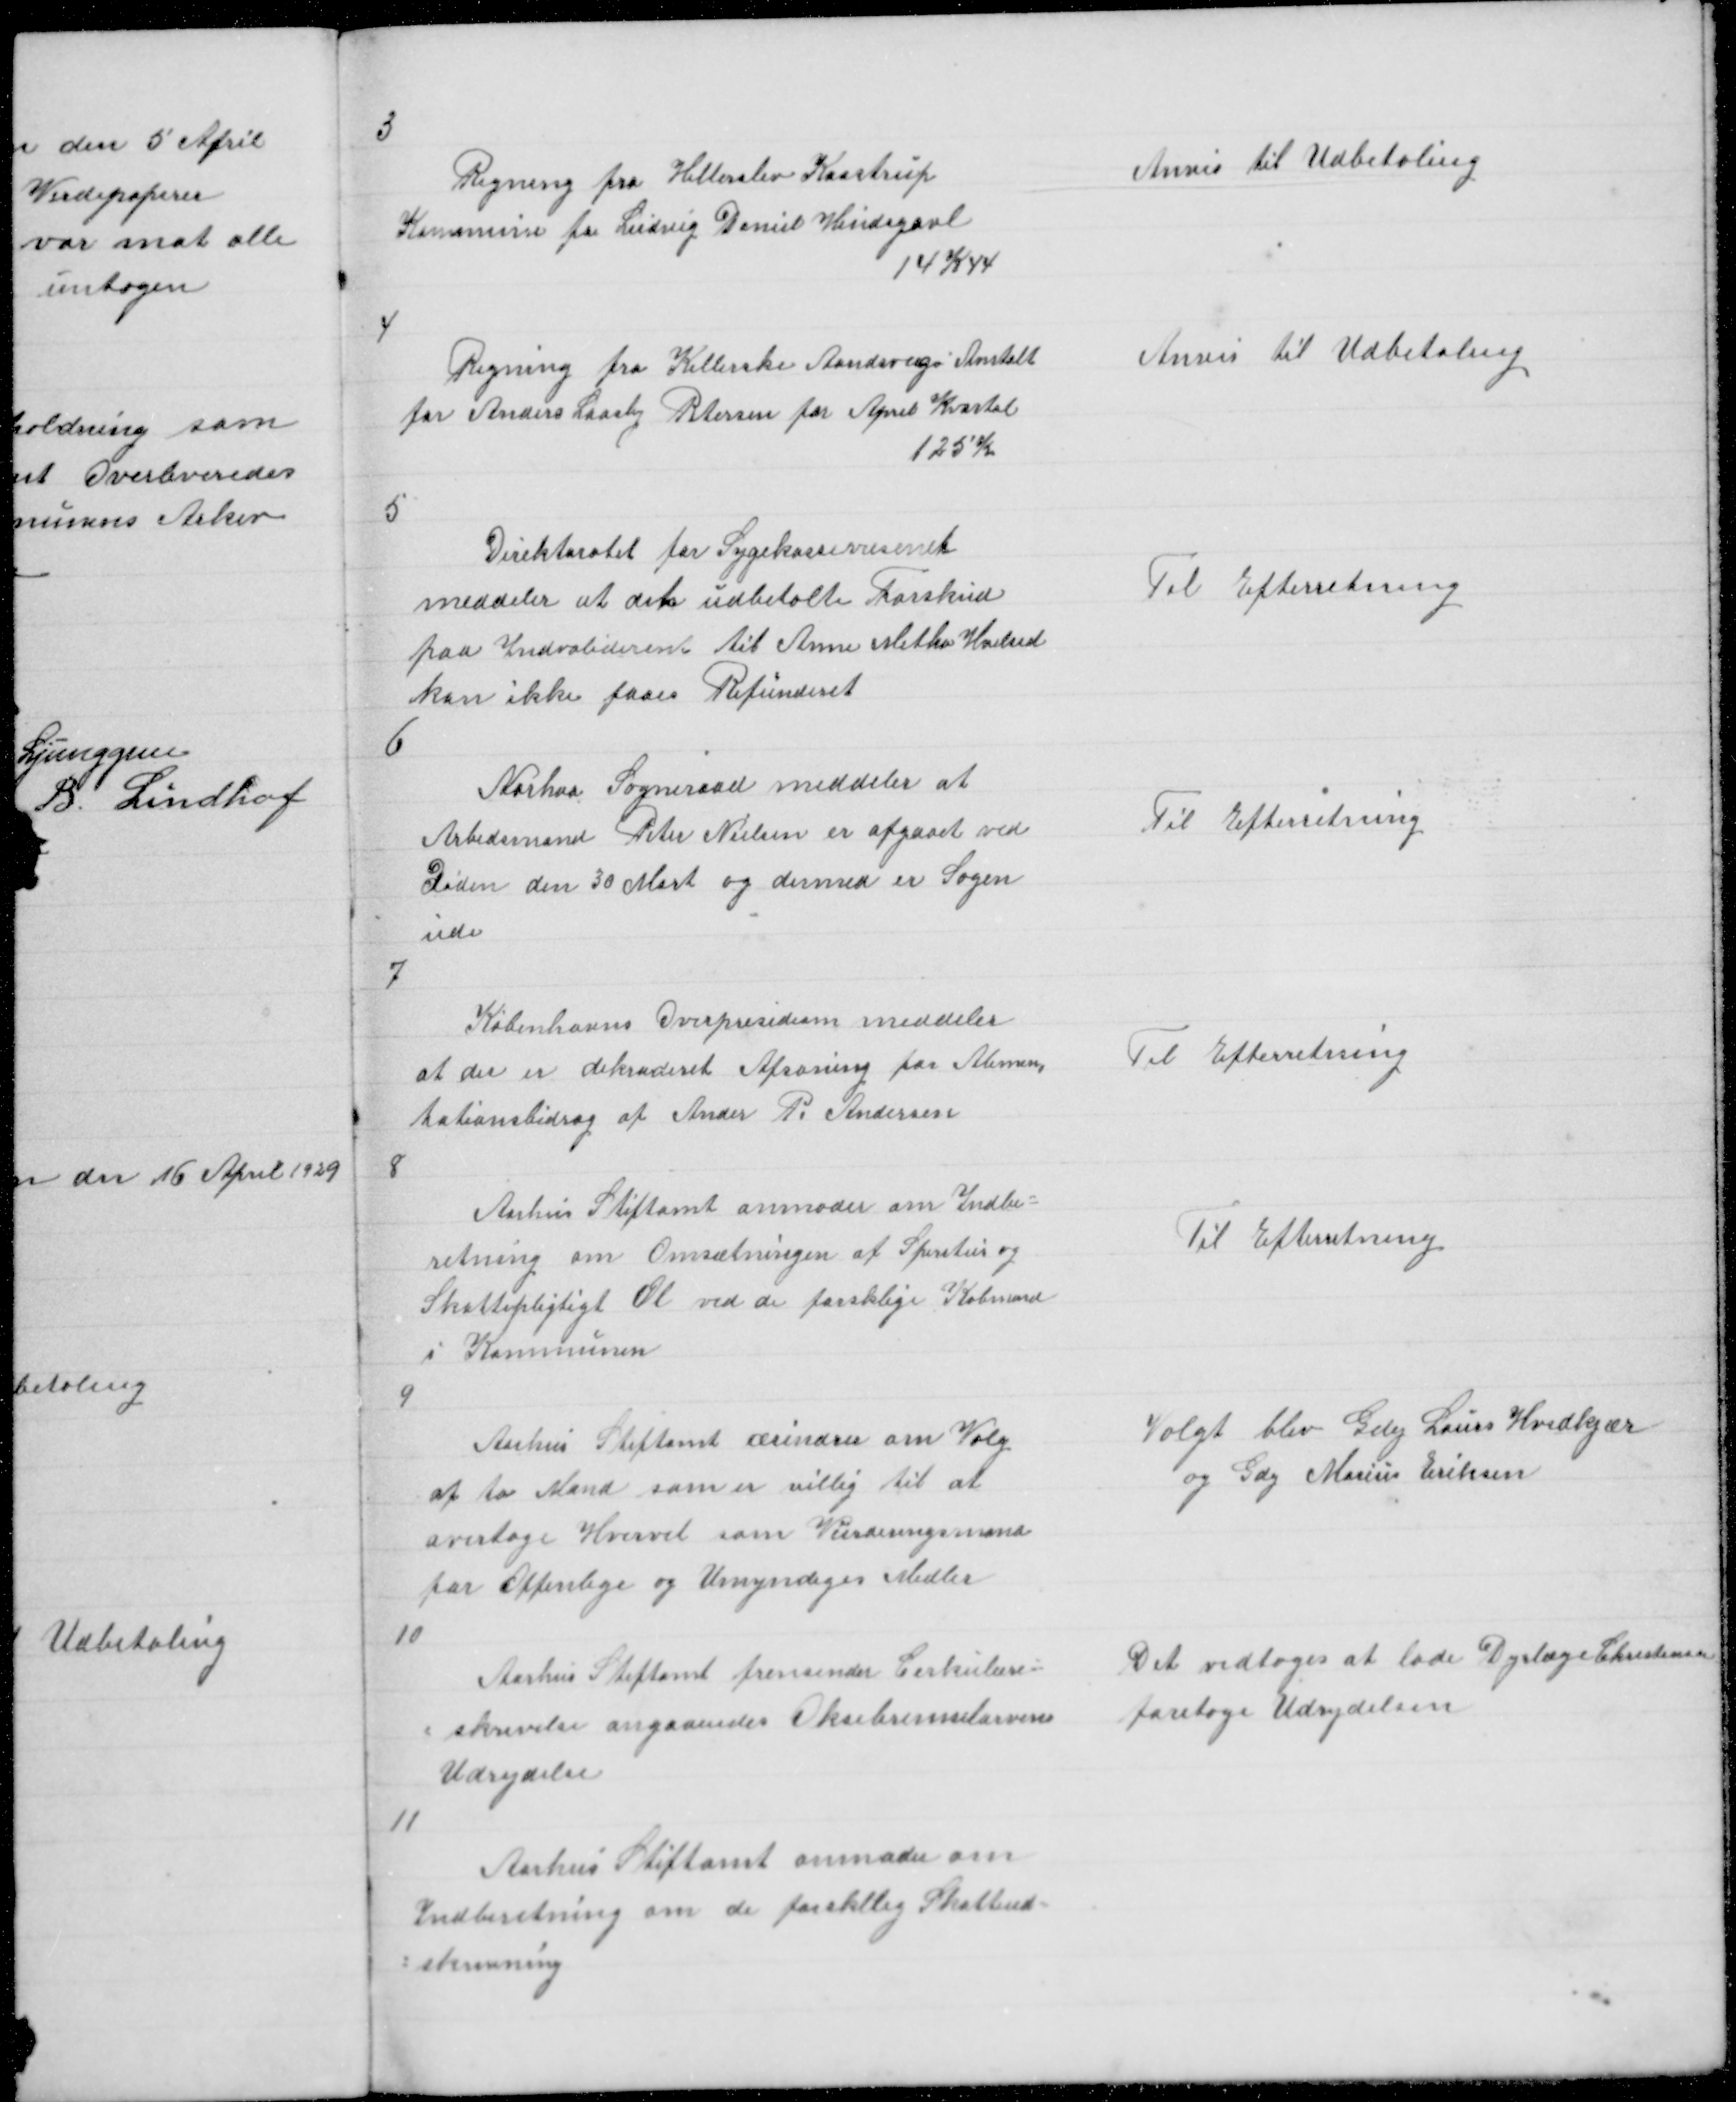
Transskription:
3

Regning fra Hillerslev Kaastrup
Kommune fr Ludvig Daniel Hindsgavl
14 K 44

Anvis til Udbetaling

4

Regning fra Kellerske Aandsvage Anstalt
for Anders Laasby Petersen for April Kvartal
125 K

Anvis til Udbetaling

5

Direktoratet for Sygekassevæsenet
meddeler at det udbetalte Forskud
paa Indvaliderente til Anne Metha Hvilsed
kan ikke faaes Refunderet

Til Efterretning

6

Nørhva Sogneraad meddeler at
Arbedsmand Peter Nielsen er afgaaet ved
Døden den 30 Mart og dermed er Sagen
ude

Til Efterretning

7

Københavns Overpresidium meddeler
at der er dekraderet Afsoning for Alimen
tationsbidrag for Ander P Andersen

Til Efterretning

8

Aarhus Stiftamt anmoder om Ind =
retning om Omsætningen af Spiritus og
Skattepligtigt Øl ved de forsklige Købmænd
i Kommunen

Til Efterretning

9

Aarhus Stiftamt ærindrer om Valg
af to Mand som er villig til at
overtage hvervet som Vurderingdmænd
for Offenlige og Umyndiges Midler

Valgt blev Gdej Laurs Hvidkjær
og Gdej Marius Eriksen

10

Aarhus Stiftamt fremsender Cirkulære =
= skrivelse angaaendes Oksebremselarvens
Udrydelse

Det vedtoges at lade Dyrlæge Christensen
foretage Udrydelsen

11

Aarhus Stiftamt anmoder om
Indberetning om de forskellig Skatteud =
= skrivning